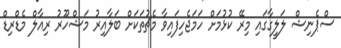
ސްޕެނިޝް ލަލީގާގައި މިރޭ ކުޅުމަށް ހަމަޖެހިފައިވާ މެޗުތަކަށް ބަލާއިރު މަޝްހޫރު ރިއާލް މެޑްރިޑް